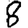
Digit: 8